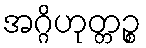
အဂ္ဂိဟုတ္တဉ္စ